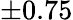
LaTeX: \pm 0.75